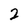
Character: 2